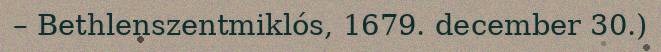
– Bethlenszentmiklós, 1679. december 30.)